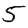
Digit: 5